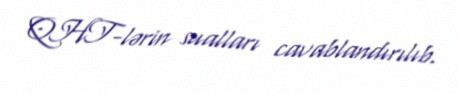
QHT-lərin sualları cavablandırılıb.